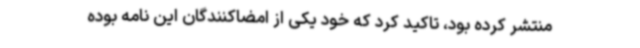
منتشر کرده بود، تاکید کرد که خود یکی از امضاکنندگان این نامه بوده